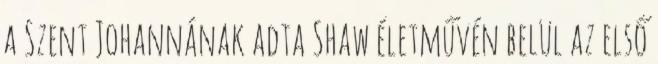
a Szent Johannának adta Shaw életművén belül az első